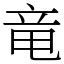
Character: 竜